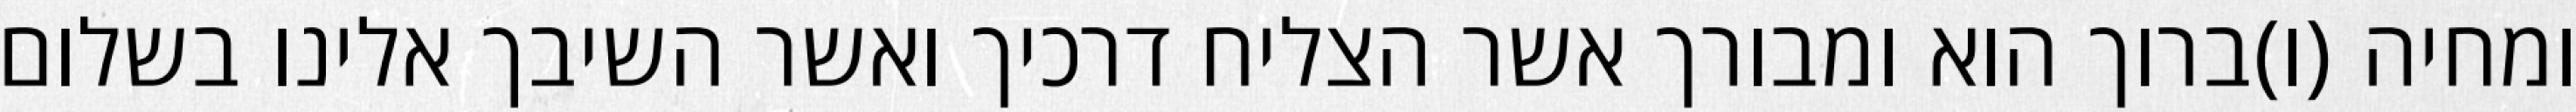
ומחיה (ו)ברוך הוא ומבורך אשר הצליח דרכיך ואשר השיבך אלינו בשלום